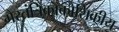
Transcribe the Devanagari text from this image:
गैरतंत्रिकाकोशिकीय